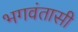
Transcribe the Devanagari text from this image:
भगवंतासी